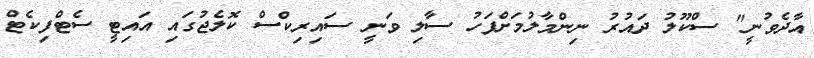
އާދެވުނީ" ސްކޫލު ދައުރު ނިންމާލުމަށްފަހު ސާލި ވަނީ ސައިރިކްސް ކޮލެޖުގައި އައިޓީ ސެޓްފިކެޓް